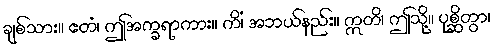
ချစ်သား။ ဧတံ၊ ဤအက္ခရာကား။ ကိံ၊ အဘယ်နည်း။ ဣတိ၊ ဤသို့။ ပုစ္ဆိတွာ၊